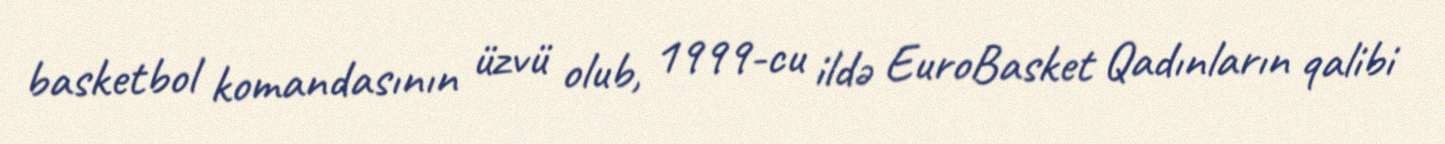
basketbol komandasının üzvü olub, 1999-cu ildə EuroBasket Qadınların qalibi